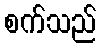
စက်သည်